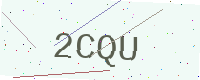
Text: 2CQU